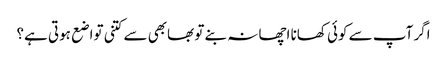
اگر آپ سے کوئی کھانا اچھا نہ بنے تو بھابھی سے کتنی تواضع ہوتی ہے؟